Civil Veterinary Department Bihar reports 1940-50 - 1940-1950
Year: 1940
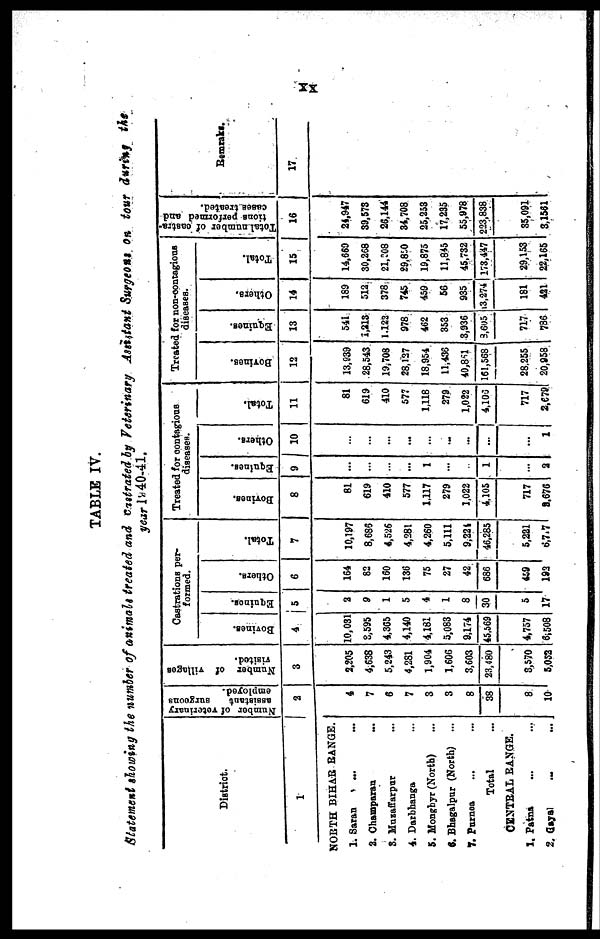
XX
TABLE IV.
Statement showing the number of animals treated and castrated by Veterinary Assistant Surgeons on tour during the
year 1940-41.
District.
1
NORTH BIHAR RANGE.
1. Saran
... …
2. Champaran …
3. Muzaffarpur …
4. Darbhanga …
5. Monghyr (North) …
6. Bhagalpur (North) ...
7. Purnea … …
Total
CENTRAL RANGE.
1. Patna … …
2. Gayal … …
Number of veterinary
assistant
surgeons
employed.
2
4
7
6
7
3
3
8
38
8
10
Number of
villages
visited.
3
2,205
4,638
5,243
4,281
1,904
1,606
3,603
23,480
3,570
5,052
Castrations per-
formed.
Bovines.
4
10,031
8,595
4,365
4,140
4,181
5,083
9,174
45.569
4,757
6,508
Equines.
5
2
9
1
5
4
1
8
30
5
17
Others.
6
164
82
160
136
75
27
42
686
459
192
Total.
7
10,197
8,686
4,526
4,281
4,260
5,111
9,229
46,285
5,221
6,7,7
Treated for contagious
diseases.
Bovines.
8
81
619
410
577
1,117
279
1,022
4,105
717
2,676
Equines.
9
...
...
...
...
1
...
...
1
...
...
2
Others.
10
...
...
...
...
...
...
...
...
...
...
1
Total.
11
81
619
410
577
1,118
279
1,022
4,100
717
2,679
Treated for non-contagious
diseases.
Bovines.
12
13,039
28,543
19,708
28,127
18,954
11,436
40,861
161,568
28.255
20,958
Equines.
13
541
1,213
1.122
978
462
353
3,936
3,605
717
786
Others.
14
189
512
378
745
459
56
935
13,274
181
421
Total.
15
14,669
30,268
21,208
29,850
19,875
11,845
45,732
173,447
29,153
22,165
Total number of castra-
tions performed and
cases treated.
16
24,947
39,573
26,144
34,708
25,253
17,235
55,978
223,838
35,091
3,1561
Remarks.
17